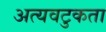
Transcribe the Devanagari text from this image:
अत्यवटुकता